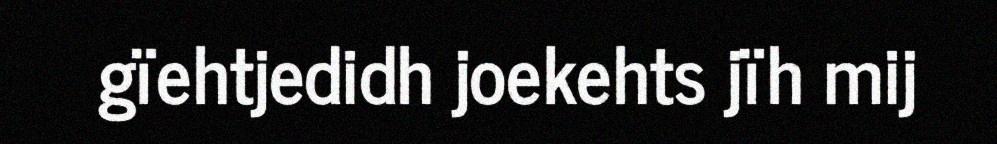
gïehtjedidh joekehts jïh mij